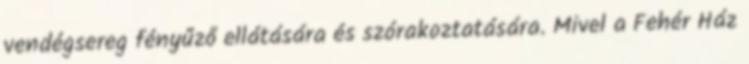
vendégsereg fényűző ellátására és szórakoztatására. Mivel a Fehér Ház